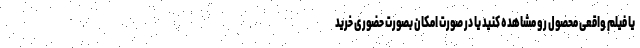
یا فیلم واقعی محصول رو مشاهده کنید یا در صورت امکان بصورت حضوری خرید